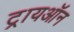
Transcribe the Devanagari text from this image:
ट्रायऑन